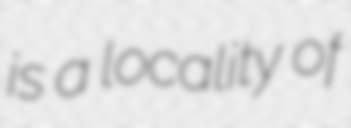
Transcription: is a locality of